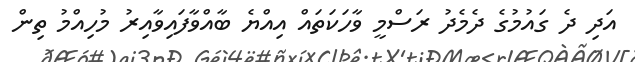
އަދި ދެ ގައުމުގެ ދެމެދު ރަސްމީ ވާހަކަތައް އިއްޔެ ބާއްވާފައިވާއިރު މުހިއްމު ތިން